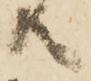
共